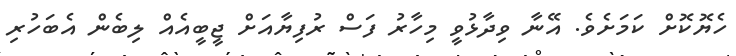
ހެޔޮކޮށް ކަމަށެވެ. އޭނާ ވިދާޅުވީ މިހާރު ފަސް ރުފިޔާއަށް ޖީބީއެއް ލިބެން އެބަހުރި